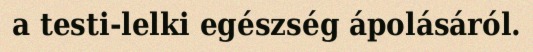
a testi-lelki egészség ápolásáról.